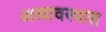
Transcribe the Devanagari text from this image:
अत्यावस्थास